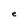
Character: e